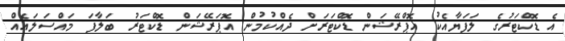
އެ ޑޮކްޓަރުގެ ލަފަޔާއެކު އޮޕްރޭޝަން ޑޮކްޓަރަށް ދެއްކުމުން އޮޕަރޭޝަން ޑޮކްޓަރު ބަލާފަ މައްސަލައެއް